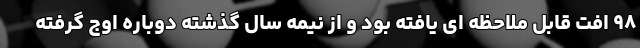
۹۸ افت قابل ملاحظه ای یافته بود و از نیمه‌ سال گذشته دوباره اوج گرفته